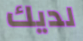
لديك